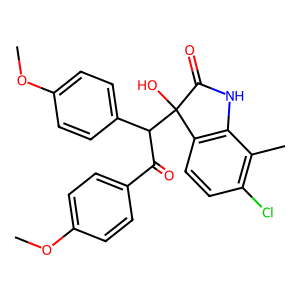
SMILES: COc1ccc(C(=O)C(c2ccc(OC)cc2)C2(O)C(=O)Nc3c2ccc(Cl)c3C)cc1
Inhibits HIV replication: No